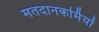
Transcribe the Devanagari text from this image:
मतदानकर्मियों